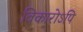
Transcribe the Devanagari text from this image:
विकारोऽपि